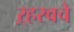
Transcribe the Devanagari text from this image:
ऱ्हस्वचे